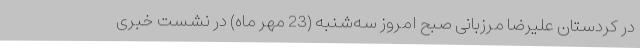
در کردستان علیرضا مرزبانی صبح امروز سه‌شنبه (23 مهر ماه) در نشست خبری